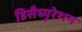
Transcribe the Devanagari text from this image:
डिसैच्यूरेशन